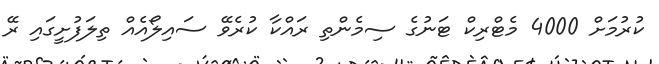
ކުރުމަށް 4000 މެޓްރިކް ޓަނުގެ ސިމެންތި ރައްކާ ކުރެވޭ ސައިލޯއެއް ތިލަފުށީގައި ރޭ